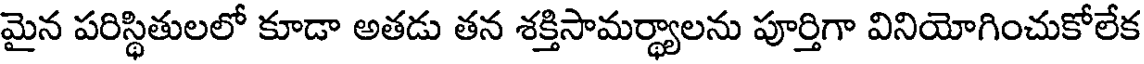
మైన పరిస్థితులలో కూడా అతడు తన శక్తిసామర్థ్యాలను పూర్తిగా వినియోగించుకోలేక